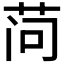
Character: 𬜬